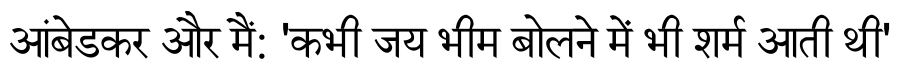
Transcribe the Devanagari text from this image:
आंबेडकर और मैं: 'कभी जय भीम बोलने में भी शर्म आती थी'